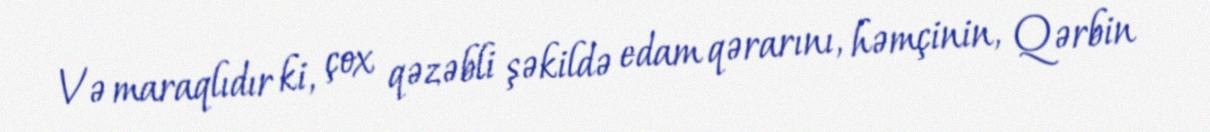
Və maraqlıdır ki, çox qəzəbli şəkildə edam qərarını, həmçinin, Qərbin